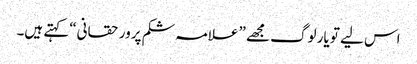
اس لیے تو یار لوگ مجھے ” علامہ شکم پرور حقانی“ کہتے ہیں۔